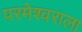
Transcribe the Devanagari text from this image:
परमेश्‍वराला